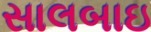
સાલબાઇ